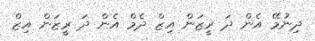
ދިނުމޭ އެން ދަ ރީޒަން އިޒް ދެމް އެން ދަ ރީޒަން އިޒް